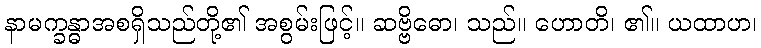
နာမက္ခန္ဓာအစရှိသည်တို့၏ အစွမ်းဖြင့်။ ဆဗ္ဗိဓော၊ သည်။ ဟောတိ၊ ၏။ ယထာဟ၊